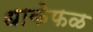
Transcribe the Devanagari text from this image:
धाकेफळ